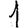
Digit: 1